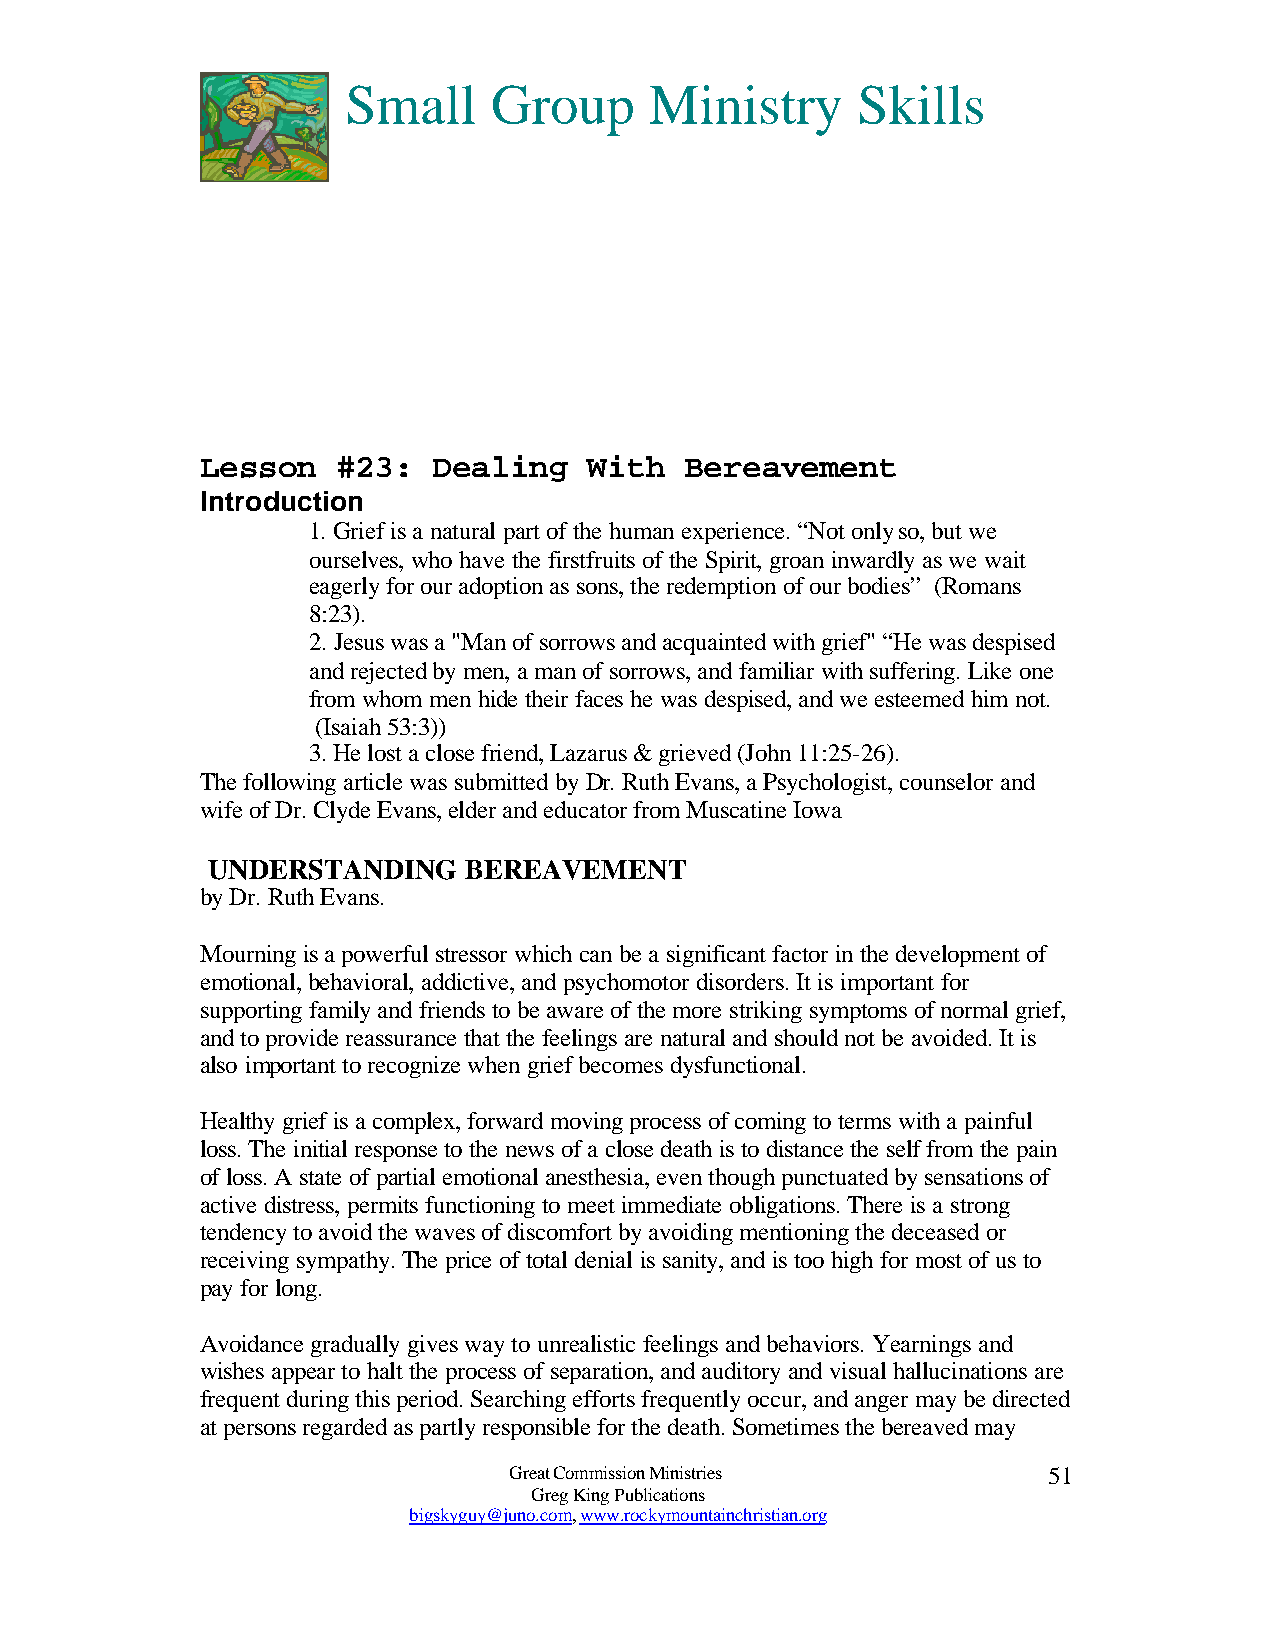
Small     Group     Ministry      Skills
 Lesson   #23:   Dealing   With  Bereavement
 Introduction
 1. Grief is a natural part of the human experience. “Not only so, but we
 ourselves, who have the firstfruits of the Spirit, groan inwardly as we wait
 eagerly for our adoption as sons, the redemption of our bodies” (Romans
 8:23).
 2. Jesus was a "Man of sorrows and acquainted with grief" “He was despised
 and rejected by men, a man of sorrows, and familiar with suffering. Like one
 from whom men hide their faces he was despised, and we esteemed him not.
 (Isaiah 53:3))
 3. He lost a close friend, Lazarus & grieved (John 11:25-26).
 The following article was submitted by Dr. Ruth Evans, a Psychologist, counselor and
 wife of Dr. Clyde Evans, elder and educator from Muscatine Iowa
 UNDERSTANDING    BEREAVEMENT
 by Dr. Ruth Evans.
 Mourning is a powerful stressor which can be a significant factor in the development of
 emotional, behavioral, addictive, and psychomotor disorders. It is important for
 supporting family and friends to be aware of the more striking symptoms of normal grief,
 and to provide reassurance that the feelings are natural and should not be avoided. It is
 also important to recognize when grief becomes dysfunctional.
 Healthy grief is a complex, forward moving process of coming to terms with a painful
 loss. The initial response to the news of a close death is to distance the self from the pain
 of loss. A state of partial emotional anesthesia, even though punctuated by sensations of
 active distress, permits functioning to meet immediate obligations. There is a strong
 tendency to avoid the waves of discomfort by avoiding mentioning the deceased or
 receiving sympathy. The price of total denial is sanity, and is too high for most of us to
 pay for long.
 Avoidance gradually gives way to unrealistic feelings and behaviors. Yearnings and
 wishes appear to halt the process of separation, and auditory and visual hallucinations are
 frequent during this period. Searching efforts frequently occur, and anger may be directed
 at persons regarded as partly responsible for the death. Sometimes the bereaved may
 Great Commission Ministries        51
 Greg King Publications
 bigskyguy@juno.com, www.rockymountainchristian.org